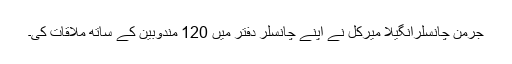
جرمن چانسلرانگیلا میرکل نے اپنے چانسلر دفتر میں 120 مندوبین کے ساتھ ملاقات کی۔